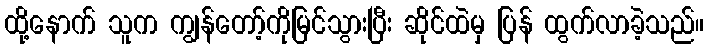
ထို့နောက် သူက ကျွန်တော့်ကိုမြင်သွားပြီး ဆိုင်ထဲမှ ပြန် ထွက်လာခဲ့သည်။